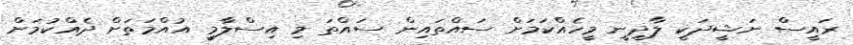
ރައީސް ނަޝީދަކީ ލާދީނީ މީހެއްކަމަށް ސައްތައިން ސައްތަ މި އިސްލާމީ އުއްމަތަށް ދެއްކުމަށް